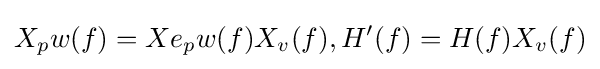
X_{p}w(f)=Xe_{p}w(f)X_{v}(f),H'(f)=H(f)X_{v}(f)